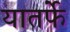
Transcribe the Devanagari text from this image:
यातर्फे